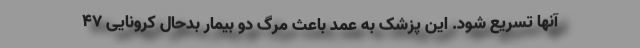
آنها تسریع شود. این پزشک به عمد باعث مرگ دو بیمار بدحال کرونایی 47